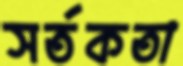
সর্তকতা